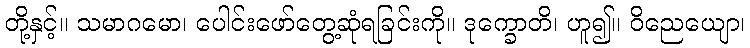
တို့နှင့်။ သမာဂမော၊ ပေါင်းဖော်တွေ့ဆုံရခြင်းကို။ ဒုက္ခောတိ၊ ဟူ၍။ ဝိညေယျော၊